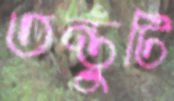
তন্তুটি